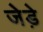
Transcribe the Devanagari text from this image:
जेड़े